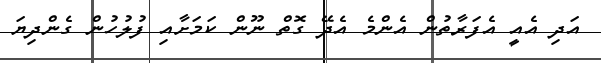
އަދި އެއީ އެފަރާތުން އެންމެ އެދޭ ގޮތް ނޫން ކަމަށާއި ފުލުހުން ގެންދިޔަ